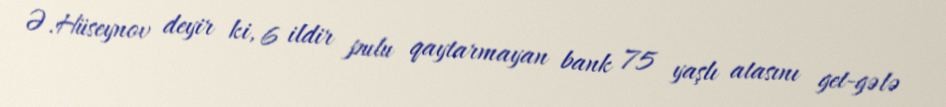
Ə.Hüseynov deyir ki, 6 ildir pulu qaytarmayan bank 75 yaşlı atasını get-gələ